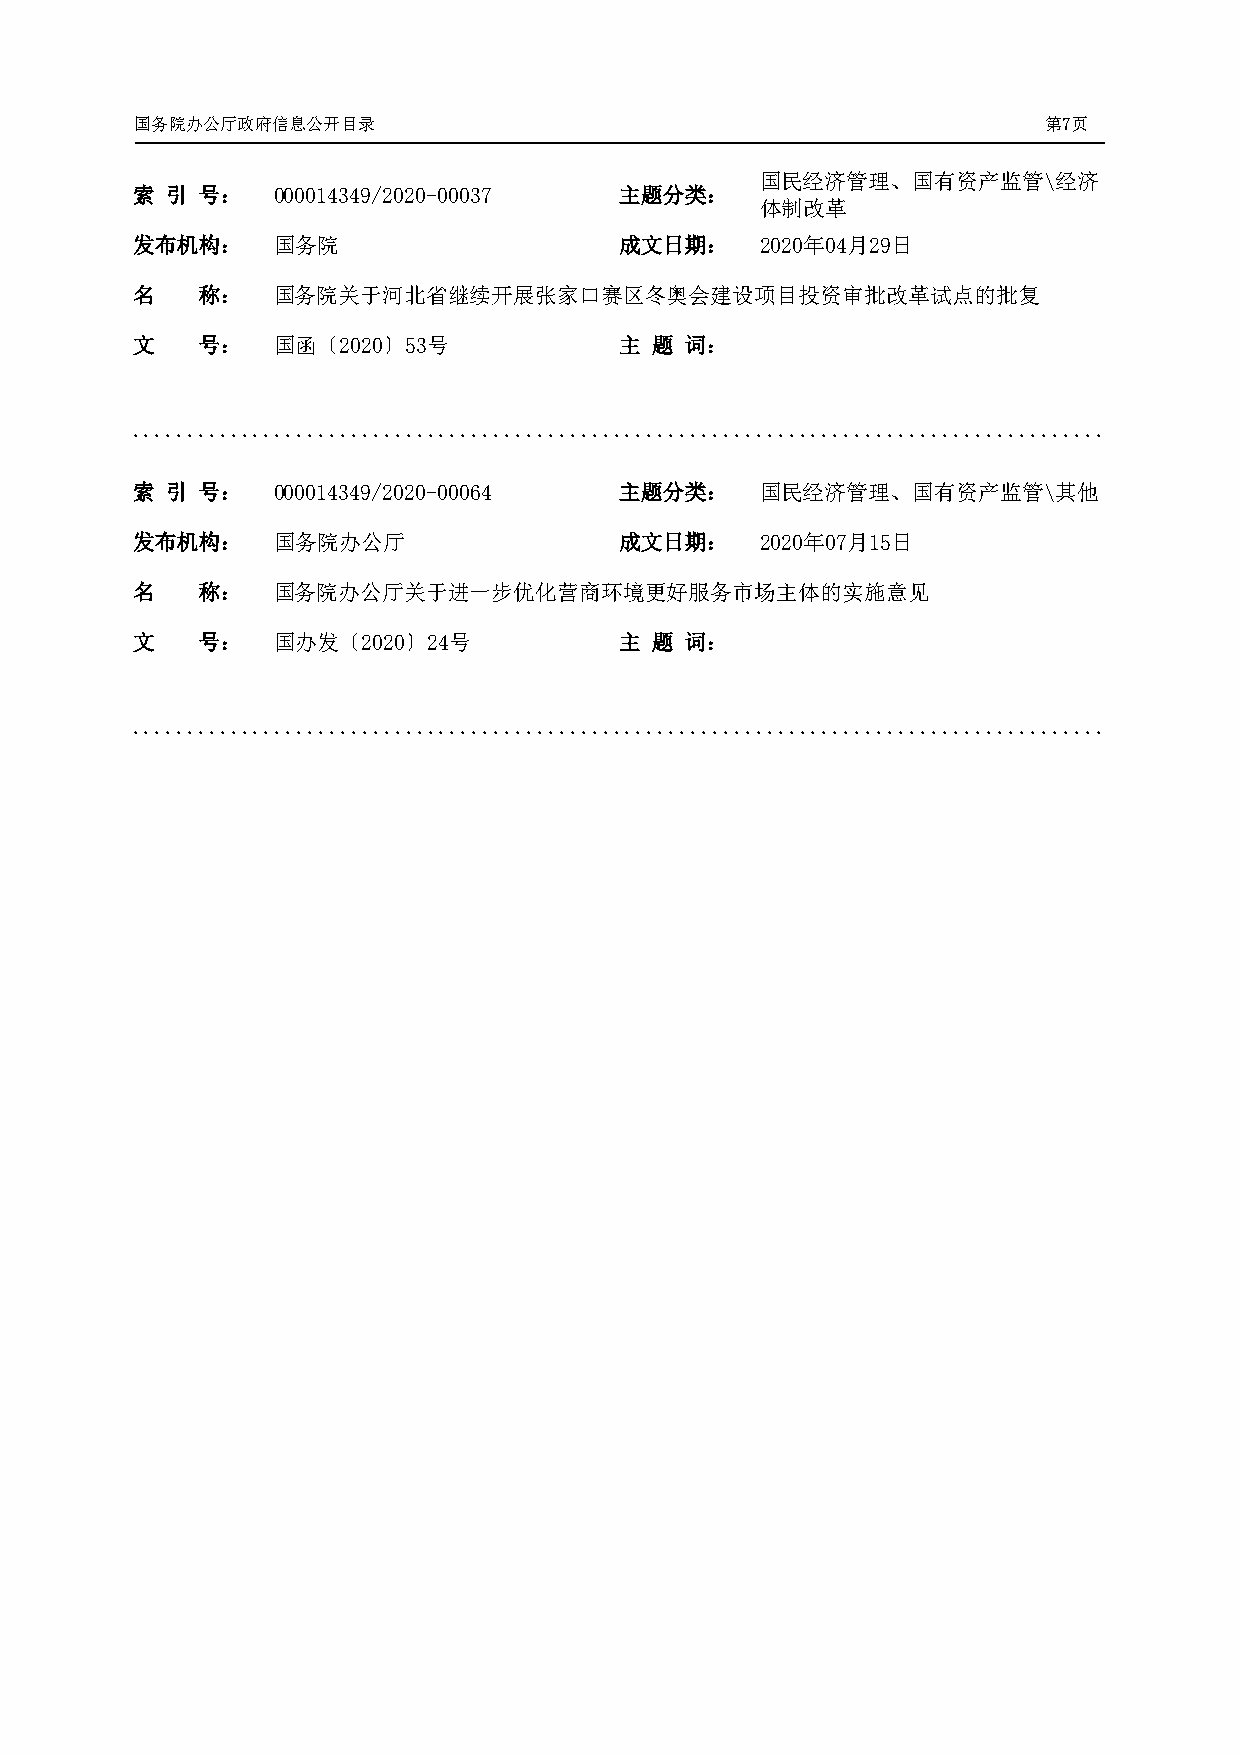
国务院办公厅政府信息公开目录                                              第7页
 国民经济管理、国有资产监管\经济
 索 引 号：   000014349/2020-00037   主题分类：
 体制改革
 发布机构：    国务院                    成文日期：    2020年04月29日
 名   称：   国务院关于河北省继续开展张家口赛区冬奥会建设项目投资审批改革试点的批复
 文   号：   国函〔2020〕53号            主 题 词：
 .........................................................................................
 索 引 号：   000014349/2020-00064   主题分类：    国民经济管理、国有资产监管\其他
 发布机构：    国务院办公厅                 成文日期：    2020年07月15日
 名   称：   国务院办公厅关于进一步优化营商环境更好服务市场主体的实施意见
 文   号：   国办发〔2020〕24号           主 题 词：
 .........................................................................................